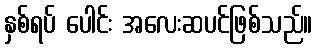
နှစ်ရပ် ပေါင်း အလေးဆပင်ဖြစ်သည်။